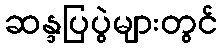
ဆန္ဒပြပွဲများတွင်